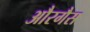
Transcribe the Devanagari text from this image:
औरगैस